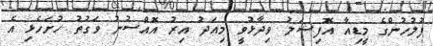
ފުލުހުންގެ މީޑިއާ އޮފިޝަލު ވިދާޅުވީ މިއަދު އިރު އޮއްސުނު ވަގުތު ހުށަހެޅި އެ